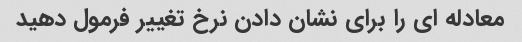
معادله ای را برای نشان دادن نرخ تغییر فرمول دهید